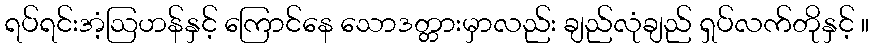
ရပ်ရင်းအံ့ဩဟန်နှင့် ကြောင်နေ သောဒတ္တားမှာလည်း ချည်လုံချည် ရှပ်လက်တိုနှင့် ။